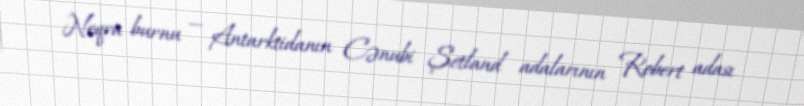
Neqra burnu — Antarktidanın Cənubi Şetland adalarının Robert adası